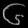
Digit: ၆